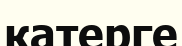
катерге